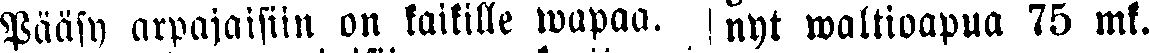
Pääsy arpajaisiin on kakile wapaa.  nyt waltioapua 75 mk.